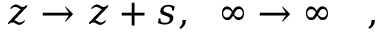
z \rightarrow z + s , \ \ \infty \rightarrow \infty \quad ,